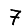
Digit: 7